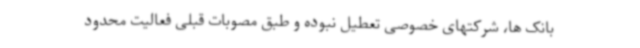
بانک ها، شرکتهای خصوصی تعطیل نبوده و طبق مصوبات قبلی فعالیت محدود